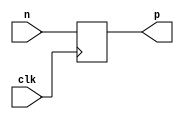
module PosEdgeFlipFlop(input clk, input [BITS-1:0] n, output reg [BITS-1:0] p);
parameter BITS = 1;

always @ (posedge clk)
begin
    p <= n;
end

endmodule